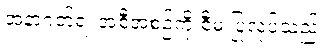
အနာဂတ်ရဲ့ အစီအစဉ်ကို စီမံ ပြုလုပ်သည်။